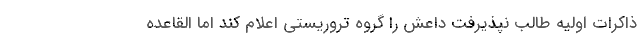
ذاكرات اوليه طالب نپذيرفت داعش را گروه تروريستي اعلام كند اما القاعده